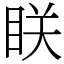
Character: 眹